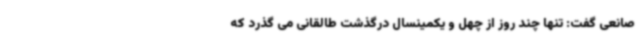
صانعی گفت: تنها چند روز از چهل و یکمینسال درگذشت طالقانی می گذرد که